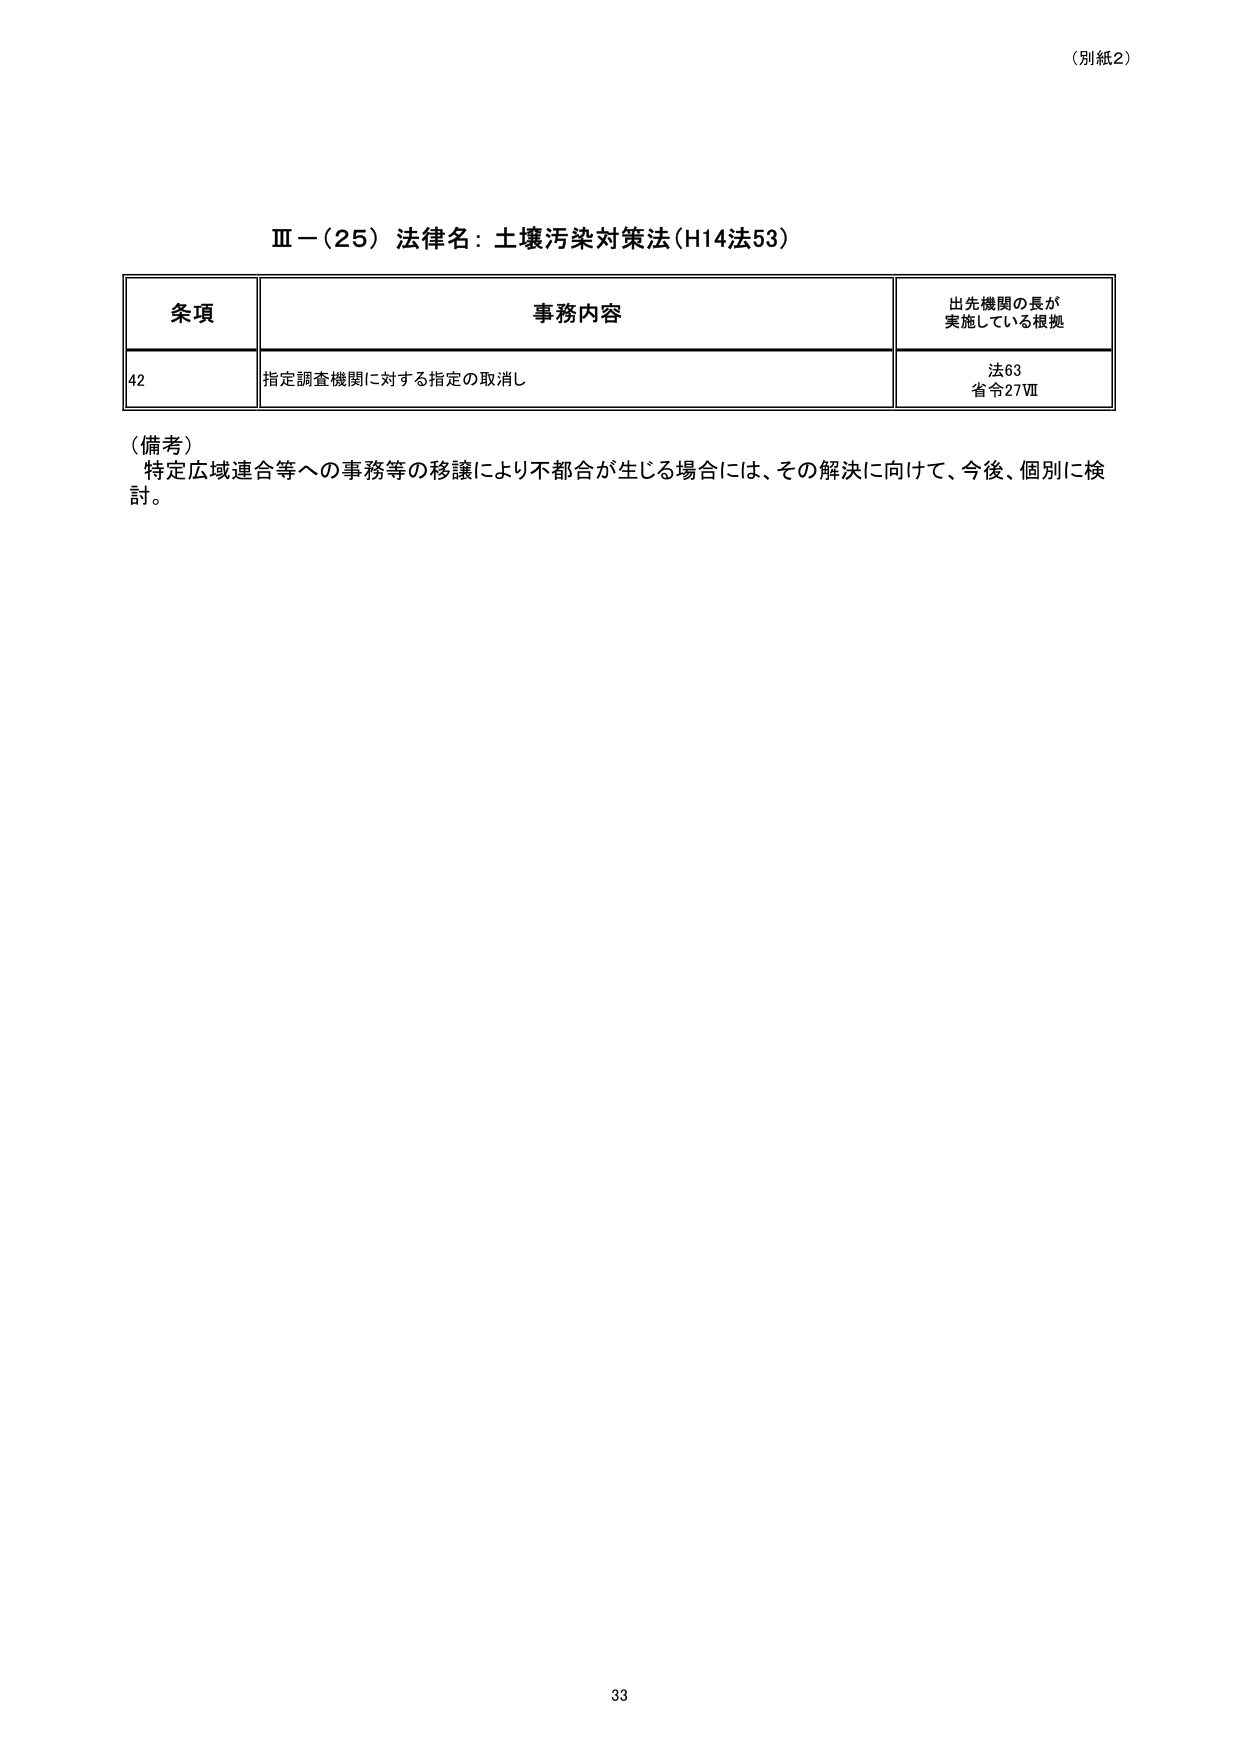
（別紙2）

Ⅲ－（25）法律名：土壌汚染対策法（H14法53）

条項　　　　　　　　　　　事務内容　　　　　　　　　　　出先機関の長が
　　　　　　　　　　　　　　　　　　　　　　　　　　　実施している根拠

42　　　　　　　　　指定調査機関に対する指定の取消し　　　　　法63
　　　　　　　　　　　　　　　　　　　　　　　　　　　省令27Ⅶ

（備考）
特定広域連合等への事務等の移譲により不都合が生じる場合には、その解決に向けて、今後、個別に検討。

33